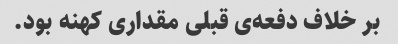
بر خلاف دفعه‌ی قبلی مقداری کهنه بود.